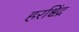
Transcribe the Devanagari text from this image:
हरश्चिंद्र